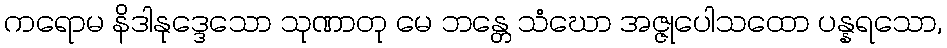
ကရောမ နိဒါနုဒ္ဒေသော သုဏာတု မေ ဘန္တေ သံဃော အဇ္ဇုပေါသထော ပန္နရသော,